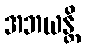
အဘယန္တိ